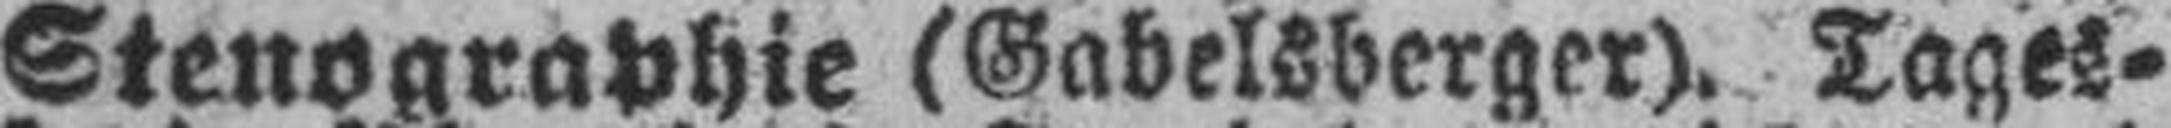
Stenographie (Gabelsberger). Tages¬